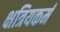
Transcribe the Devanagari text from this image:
क्षत्रियकर्म